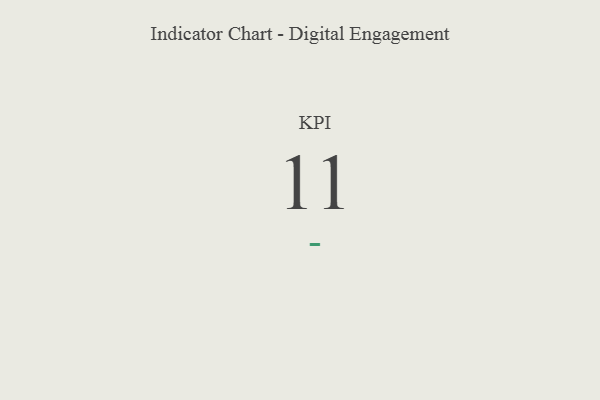
{"axis": {"x": "KPI", "y": "Value"}, "legend": [""], "data": [{"x": "KPI", "y": 11, "type": ""}]}